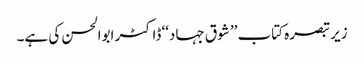
زیر تبصرہ کتاب ’’ شوق جہاد‘‘ ڈاکٹر ابوالحسن کی ہے۔